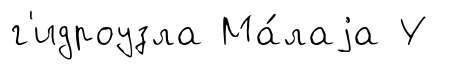
г'идроузла Ма́лаjа У